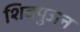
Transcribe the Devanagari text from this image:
शिवपुजन